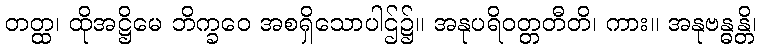
တတ္ထ၊ ထိုအဋ္ဌိမေ ဘိက္ခဝေ အစရှိသောပါဌ်၌။ အနုပရိဝတ္တတီတိ၊ ကား။ အနုဗန္ဓန္တိ၊